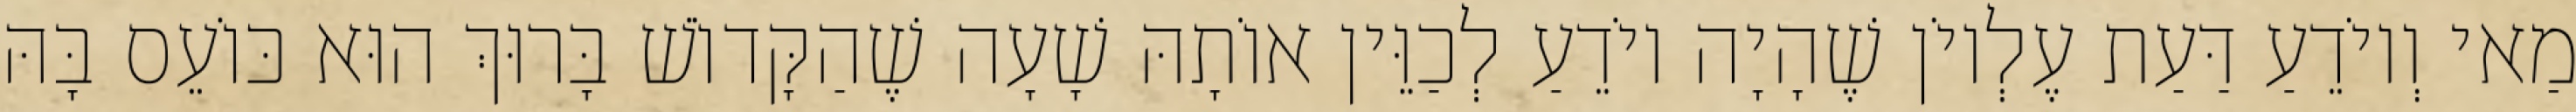
מַאי וְיוֹדֵעַ דַּעַת עֶלְיוֹן שֶׁהָיָה יוֹדֵעַ לְכַוֵּין אוֹתָהּ שָׁעָה שֶׁהַקָּדוֹשׁ בָּרוּךְ הוּא כּוֹעֵס בָּהּ